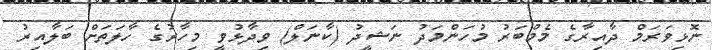
ނޮޅިވަރަމް ދާއިރާގެ މެމްބަރު މުހަންމަދު ނަޝީދު (ކާނަލް) ވިދާޅުވީ މިހާރުގެ ހާލަތަށް ބަލާއިރު